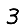
Digit: 3